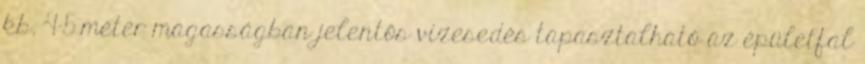
kb. 4-5 méter magasságban jelentős vizesedés tapasztalható az épületfal